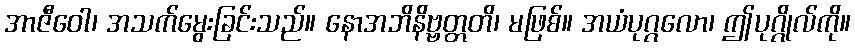
အာဇီဝေါ၊ အသက်မွေးခြင်းသည်။ နောအဘိနိဗ္ဗတ္တတိ၊ မဖြစ်။ အယံပုဂ္ဂလော၊ ဤပုဂ္ဂိုလ်ကို။